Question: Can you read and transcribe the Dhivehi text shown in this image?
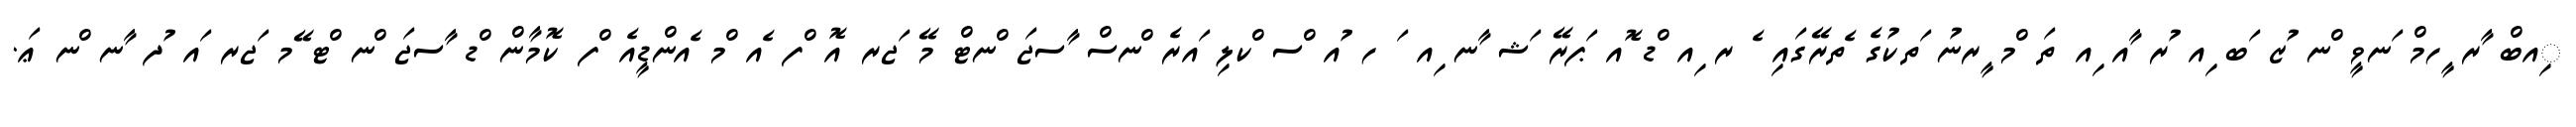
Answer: ިއބް ާރ ީހމް ަނވީ ްނ ުޒ ަބ ިއ ުރ ާއ ިއ ތަ ްމ ީރނު ަތކުގެ ެތރޭގައި ެ ރ ިއ ްޑ ޮއ ަޕރޭ ަޝ ާނ ިއ ަ ހ ުއ ްސ ްކލި ައރެ ްނސް ާސޖަ ްނޓް މޭ ަޖރ އޮ ްފ ެއ ްމ ެއންޑީއެ ްފ ކޮމާން ްޑ ާސޖަ ްނ ްޓ ޭމ ަޖރ ައ ުދ ާނ ްނ ޢަ.